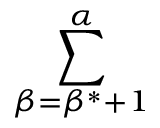
\sum _ { \beta = \beta ^ { * } + 1 } ^ { \alpha }